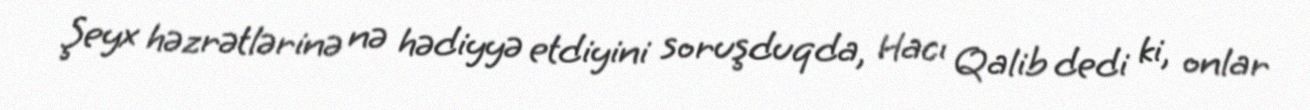
Şeyx həzrətlərinə nə hədiyyə etdiyini soruşduqda, Hacı Qalib dedi ki, onlar